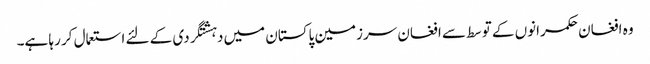
وہ افغان حکمرانوں کے توسط سے افغان سرزمین پاکستان میں دہشتگردی کے لئے استعمال کر رہا ہے۔